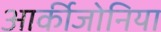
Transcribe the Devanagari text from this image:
आर्कीजोनिया